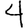
Digit: 4